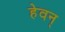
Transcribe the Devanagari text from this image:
हेवन्